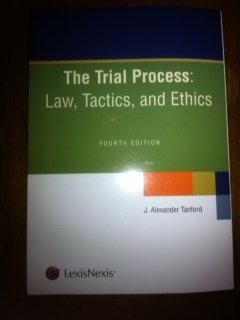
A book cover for Trial Process Law, Tactics and Ethics; J. Alexander Tanford; Law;